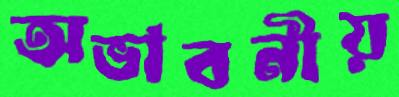
অভাবনীয়